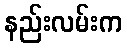
နည်းလမ်းက